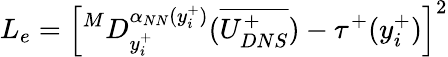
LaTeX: L_{e}=\left[^MD_{y_{i}^{+}}^{\alpha_{NN}(y_{i}^{+})}(\overline{{U_{DNS}^{+}}})-\tau^{+}(y_{i}^{+})\right]^{2}